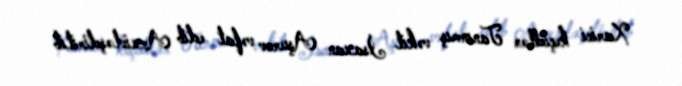
Xarici keçidlər Tanınmış vəkil İsaxan Aşurov vəfat edib Arxivləşdirilib